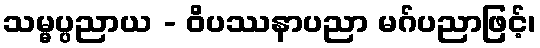
သမ္မပ္ပညာယ - ဝိပဿနာပညာ မဂ်ပညာဖြင့်၊